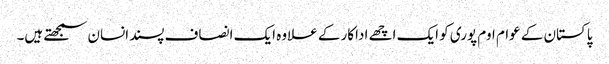
پاکستان کے عوام اوم پوری کو ایک اچھے اداکار کے علاوہ ایک انصاف پسندانسان سمجھتے ہیں۔